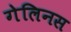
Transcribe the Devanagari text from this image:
गेलिनस